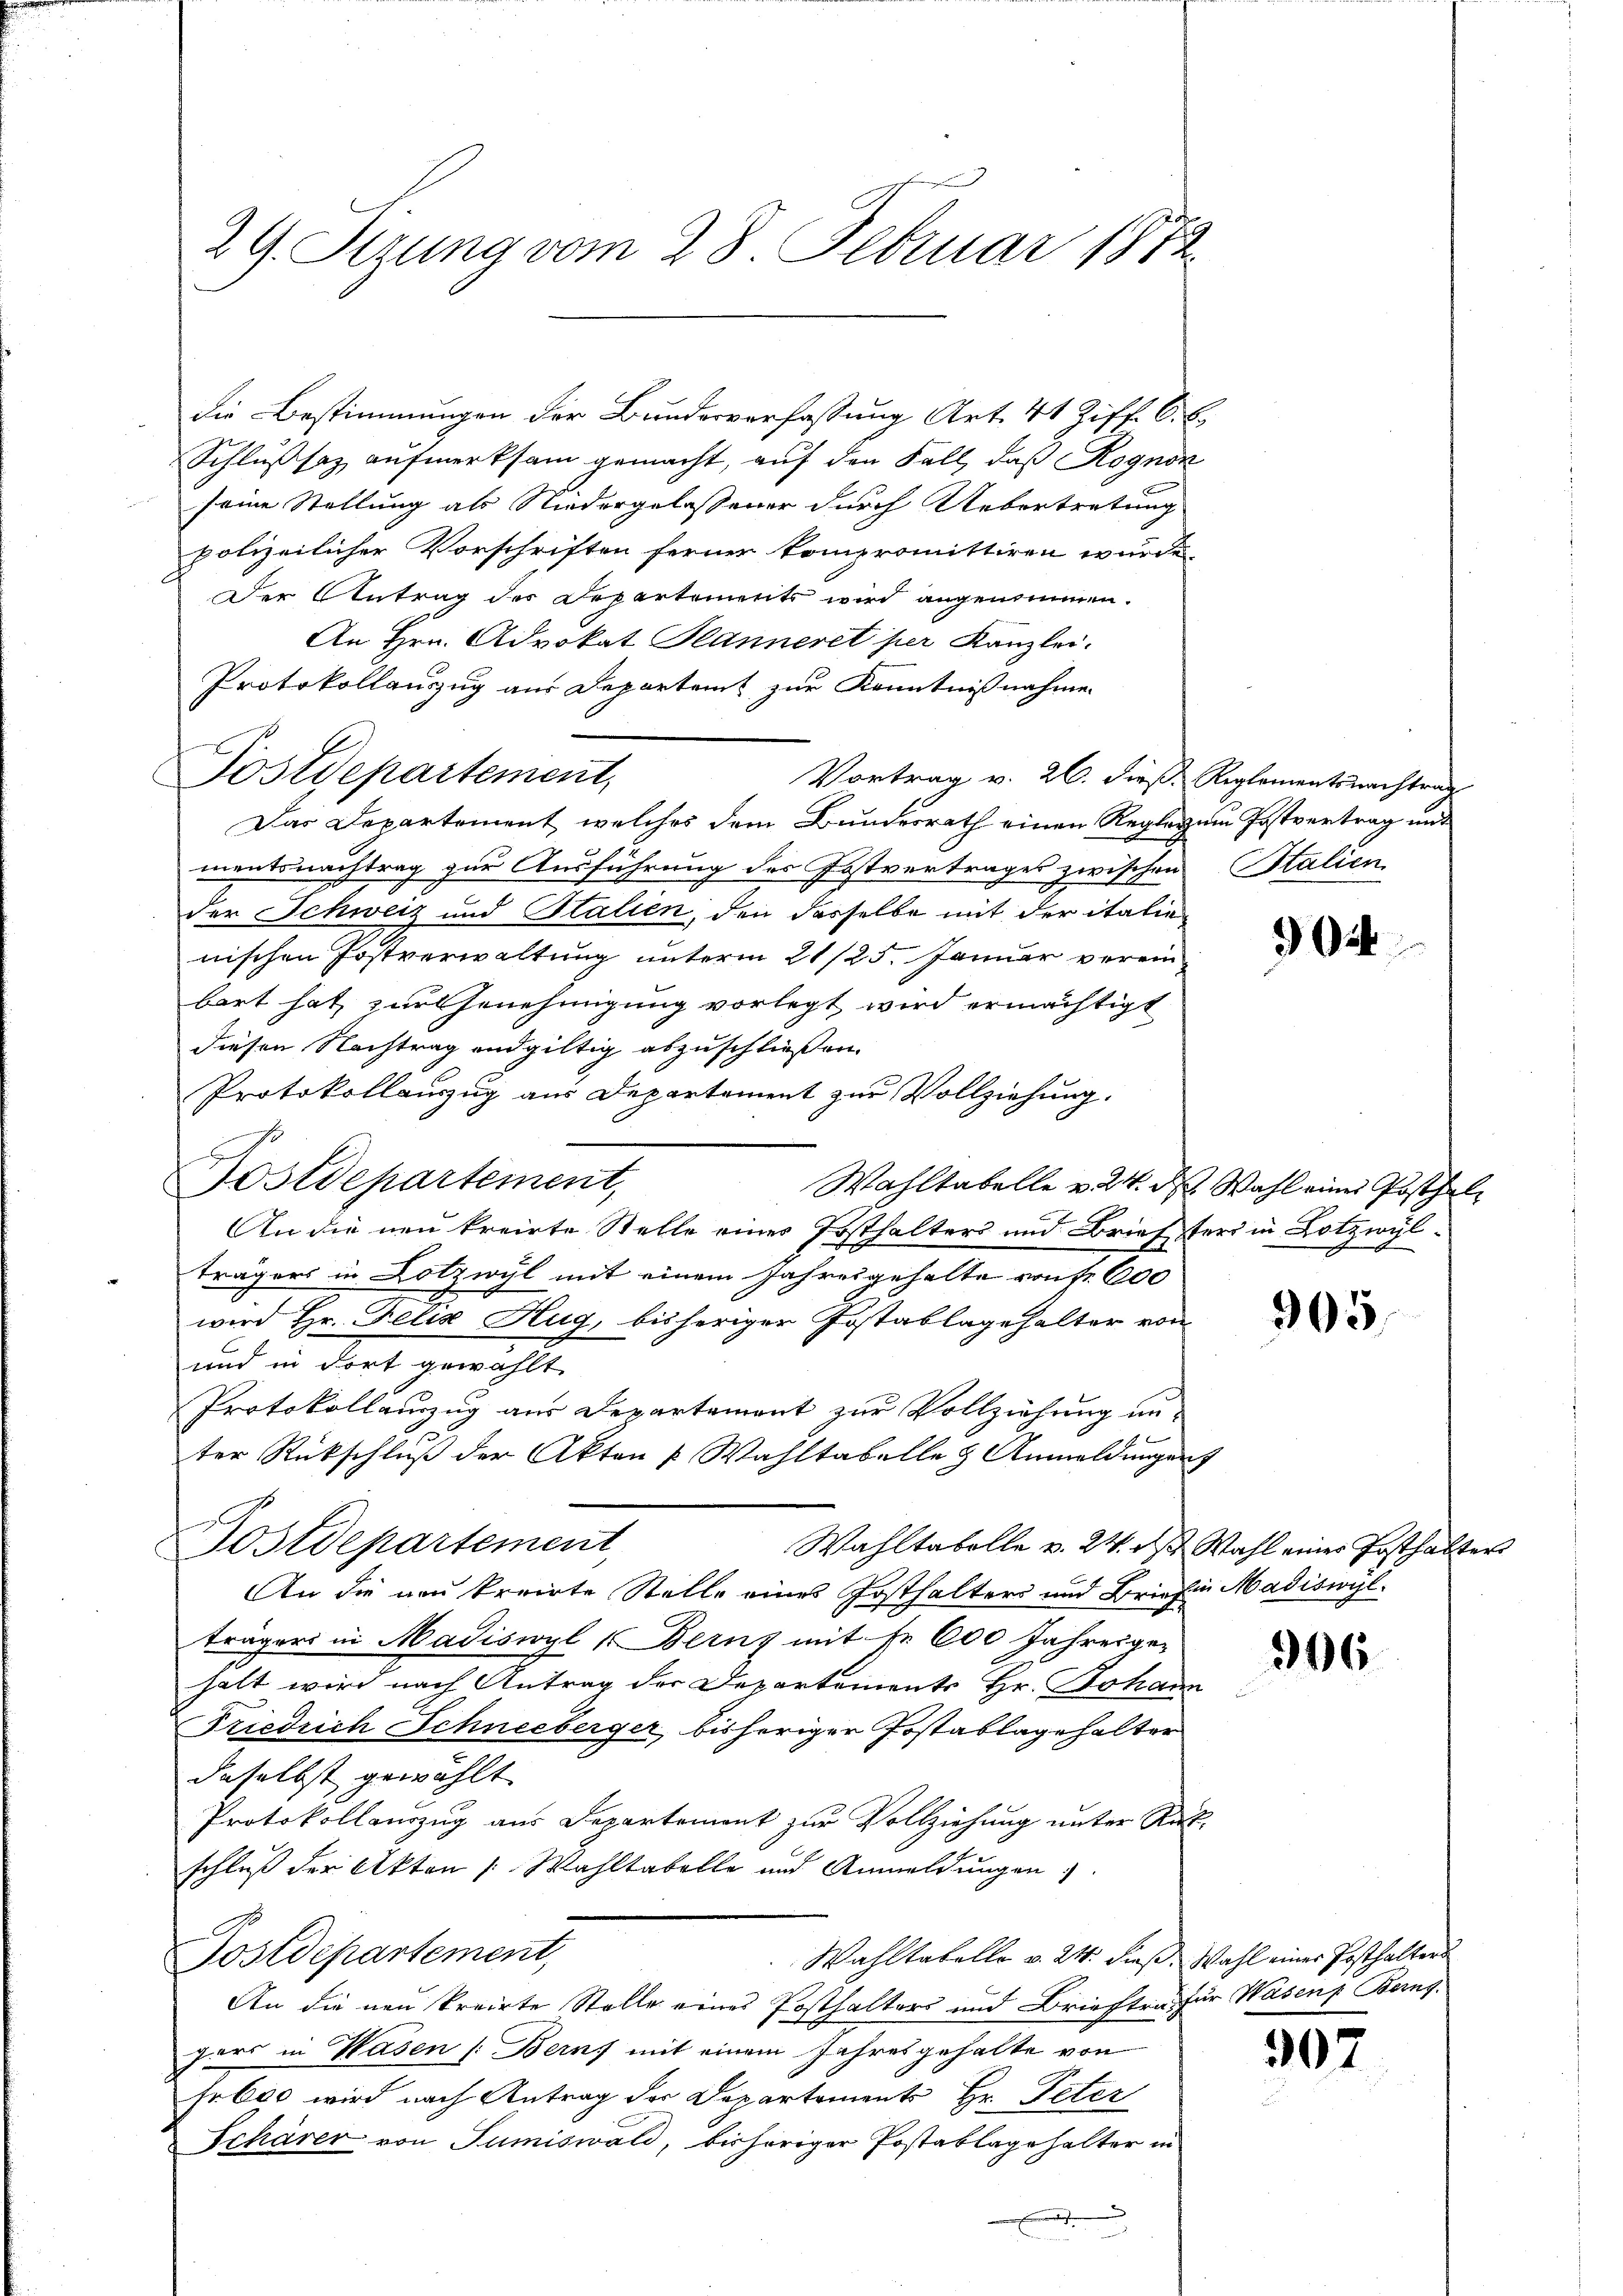
29. Sizung vom 28. Februar 1872

die Bestimmungen der Bundesverfassung Art. 41 Ziff. C. E.
Schlußsaz aufmerksam gemacht, auf den Fall, daß Kognon
seine Stellung als Niedergelassener durch Uebertretung
polizeilicher Vorschriften ferner kompromittiren wurde.
Der Antrag des Departements wird angenommen.
An Hrn. Advokat Hänneret her Kanzlei-
Protokollauszug aus Departent zur Kenntnißnahmen
Vortrag v. 26. dieß. Reglementsnachtrag
Das Departement, welches dem Bundesrath einen Reglegum Postvertrag und
mentsnachtrag zur Ausführung des Postvertrages zwischen Stalien
der Schweiz und Italien, den dasselbe mit der italie
nischen Postverwaltung unterm 21/25. Januar vereinbart hat, zur Genehmigung vorlegt, wird ermächtigt
diesen Nachtrag endgültig abzuschließen.
Protokollauszug aus Departement zur Vollziehung.
Postdepartement,
Wahltabelle v. 24. ds. Wahl eines Posthal¬
An die neu kreirte Stelle eines Ersthalters und Briefters in Lotzwylträgers in Lotzwyl mit einem Jahresgehalte von Fr. 600
wird Hr. Felix Hug, bisheriger Postablagehalter von
und in dort gewählt.
Protokollanzug aus Departement zŭr Vollziehŭng un-
ter Rückschluß der Akten & Wahltabelle 3 Anmeldungen
Postdepartement,
Wahltabelle v. 24. ds. Wahl einer Posthalter
An die von kreiste Stelle eines Posthalters und Brief in Madiswyl
trägers in Madiswyl (Bernz mit Nr. 600 Jahresgehalt wird nach Antrag der Departements Hr. Johann
Friedrich Schneeberger, bisheriger Postablagehalter
daselbst gewählt
Protokollenzug aus Departement zur Vollziehung unter Rück-
schluß der Akten Wahltabelle und Anmeldungen
Postdepartement,
Wahltabelle v. 24. Faß. Wahl einer Posthalters
An die neu kreirte Stelle eines Posthalters und Brieften, für Wasen Berng
gers in Wasen /: Berns mit einem Jahresgehalte von
Fr. 600 wird nach Antrag der Departements Hr. Peter
Schärer von Sumiswald, bisheriger Postablagehalter in
e

Postdepartement,

904

305.

306

307